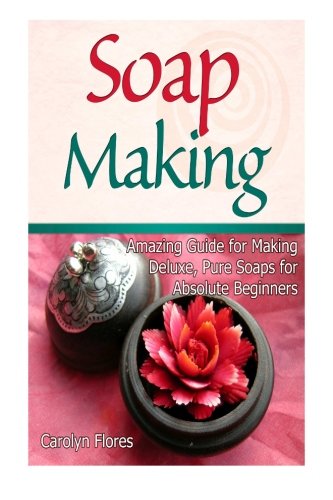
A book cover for Soap Making: Amazing Guide for Making Deluxe, Pure Soaps for Absolute Beginners (Soap Making, soap making books, soap making natural); Carolyn Flores; Crafts, Hobbies & Home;